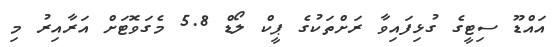
އައްޑޫ ސިޓީގެ ގުޅިފައިވާ ރަށްތަކުގެ ޕީކް ލޯޑް 5.8 މެގަވޮޓަށް އަރާއިރު މި